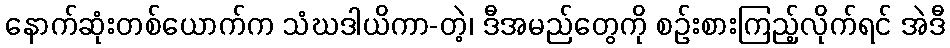
နောက်ဆုံးတစ်ယောက်က သံဃဒါယိကာ-တဲ့၊ ဒီအမည်တွေကို စဉ်းစားကြည့်လိုက်ရင် အဲဒီ